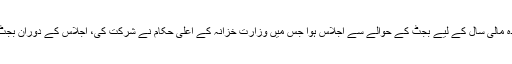
وزیرخزانہ اسحاق ڈارکی زیر صدارت آئندہ مالی سال کے لیے بجٹ کے حوالے سے اجلاس ہوا جس میں وزارت خزانہ کے اعلیٰ حکام نے شرکت کی، اجلاس کے دوران بجٹ سے متعلق متعدد تجاویز پر غور کیا گیا۔